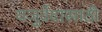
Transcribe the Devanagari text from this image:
यजुर्वेदासाठी